Plague in India, 1896, 1897 - Volume 3
Year: 1896
Disease focus: Plague
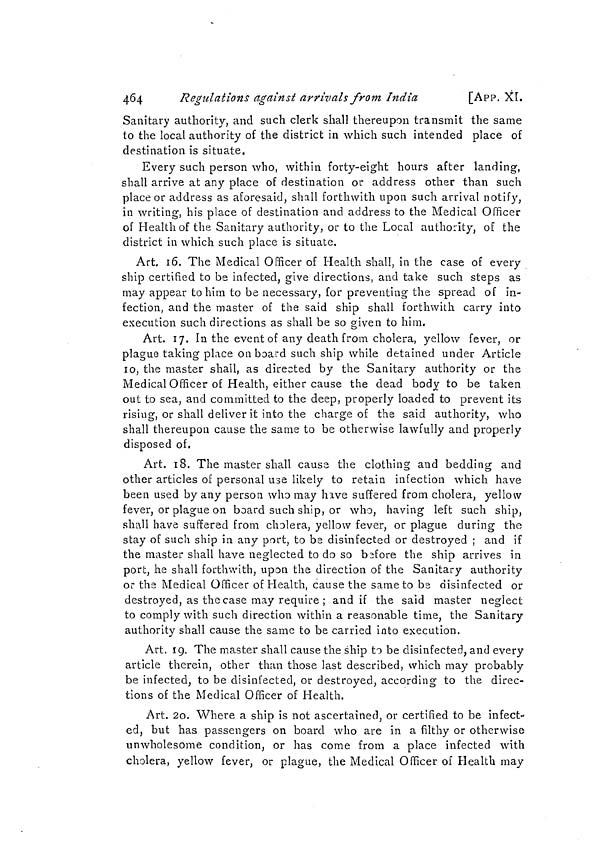
464
Regulations against arrivals from India
[App. XI.
Sanitary authority, and such clerk shall thereupon transmit the same
to the local authority of the district in which such intended place of
destination is situate.
Every such person who, within forty-eight hours after landing,
shall arrive at any place of destination or address other than such
place or address as aforesaid, shall forthwith upon such arrival notify,
in writing, his place of destination and address to the Medical Officer
of Health of the Sanitary authority, or to the Local authority, of the
district in which such place is situate.
Art. 16. The Medical Officer of Health shall, in the case of every
ship certified to be infected, give directions, and take such steps as
may appear to him to be necessary, for preventing the spread of in-
fection, and the master of the said ship shall forthwith carry into
execution such directions as shall be so given to him.
Art. 17. In the event of any death from cholera, yellow fever, or
plague taking place on board such ship while detained under Article
10, the master shall, as directed by the Sanitary authority or the
Medical Officer of Health, either cause the dead body to be taken
out to sea, and committed to the deep, properly loaded to prevent its
rising, or shall deliver it into the charge of the said authority, who
shall thereupon cause the same to be otherwise lawfully and properly
disposed of.
Art. 18. The master shall cause the clothing and bedding and
other articles of personal use likely to retain infection which have
been used by any person who may have suffered from cholera, yellow
fever, or plague on board such ship, or who, having left such ship,
shall have suffered from cholera, yellow fever, or plague during the
stay of such ship in any port, to be disinfected or destroyed ; and if
the master shall have neglected to do so before the ship arrives in
port, he shall forthwith, upon the direction of the Sanitary authority
or the Medical Officer of Health, cause the same to bs disinfected or
destroyed, as the case may require ; and if the said master neglect
to comply with such direction within a reasonable time, the Sanitary
authority shall cause the same to be carried into execution.
Art. 19. The master shall cause the ship to be disinfected, and every
article therein, other than those last described, which may probably
be infected, to be disinfected, or destroyed, according to the direc-
tions of the Medical Officer of Health.
Art. 2o. Where a ship is not ascertained, or certified to be infect-
ed, but has passengers on board who are in a filthy or otherwise
unwholesome condition, or has come from a place infected with
cholera, yellow fever, or plague, the Medical Officer of Health may